Tartu_kinnistusamet, lk 8
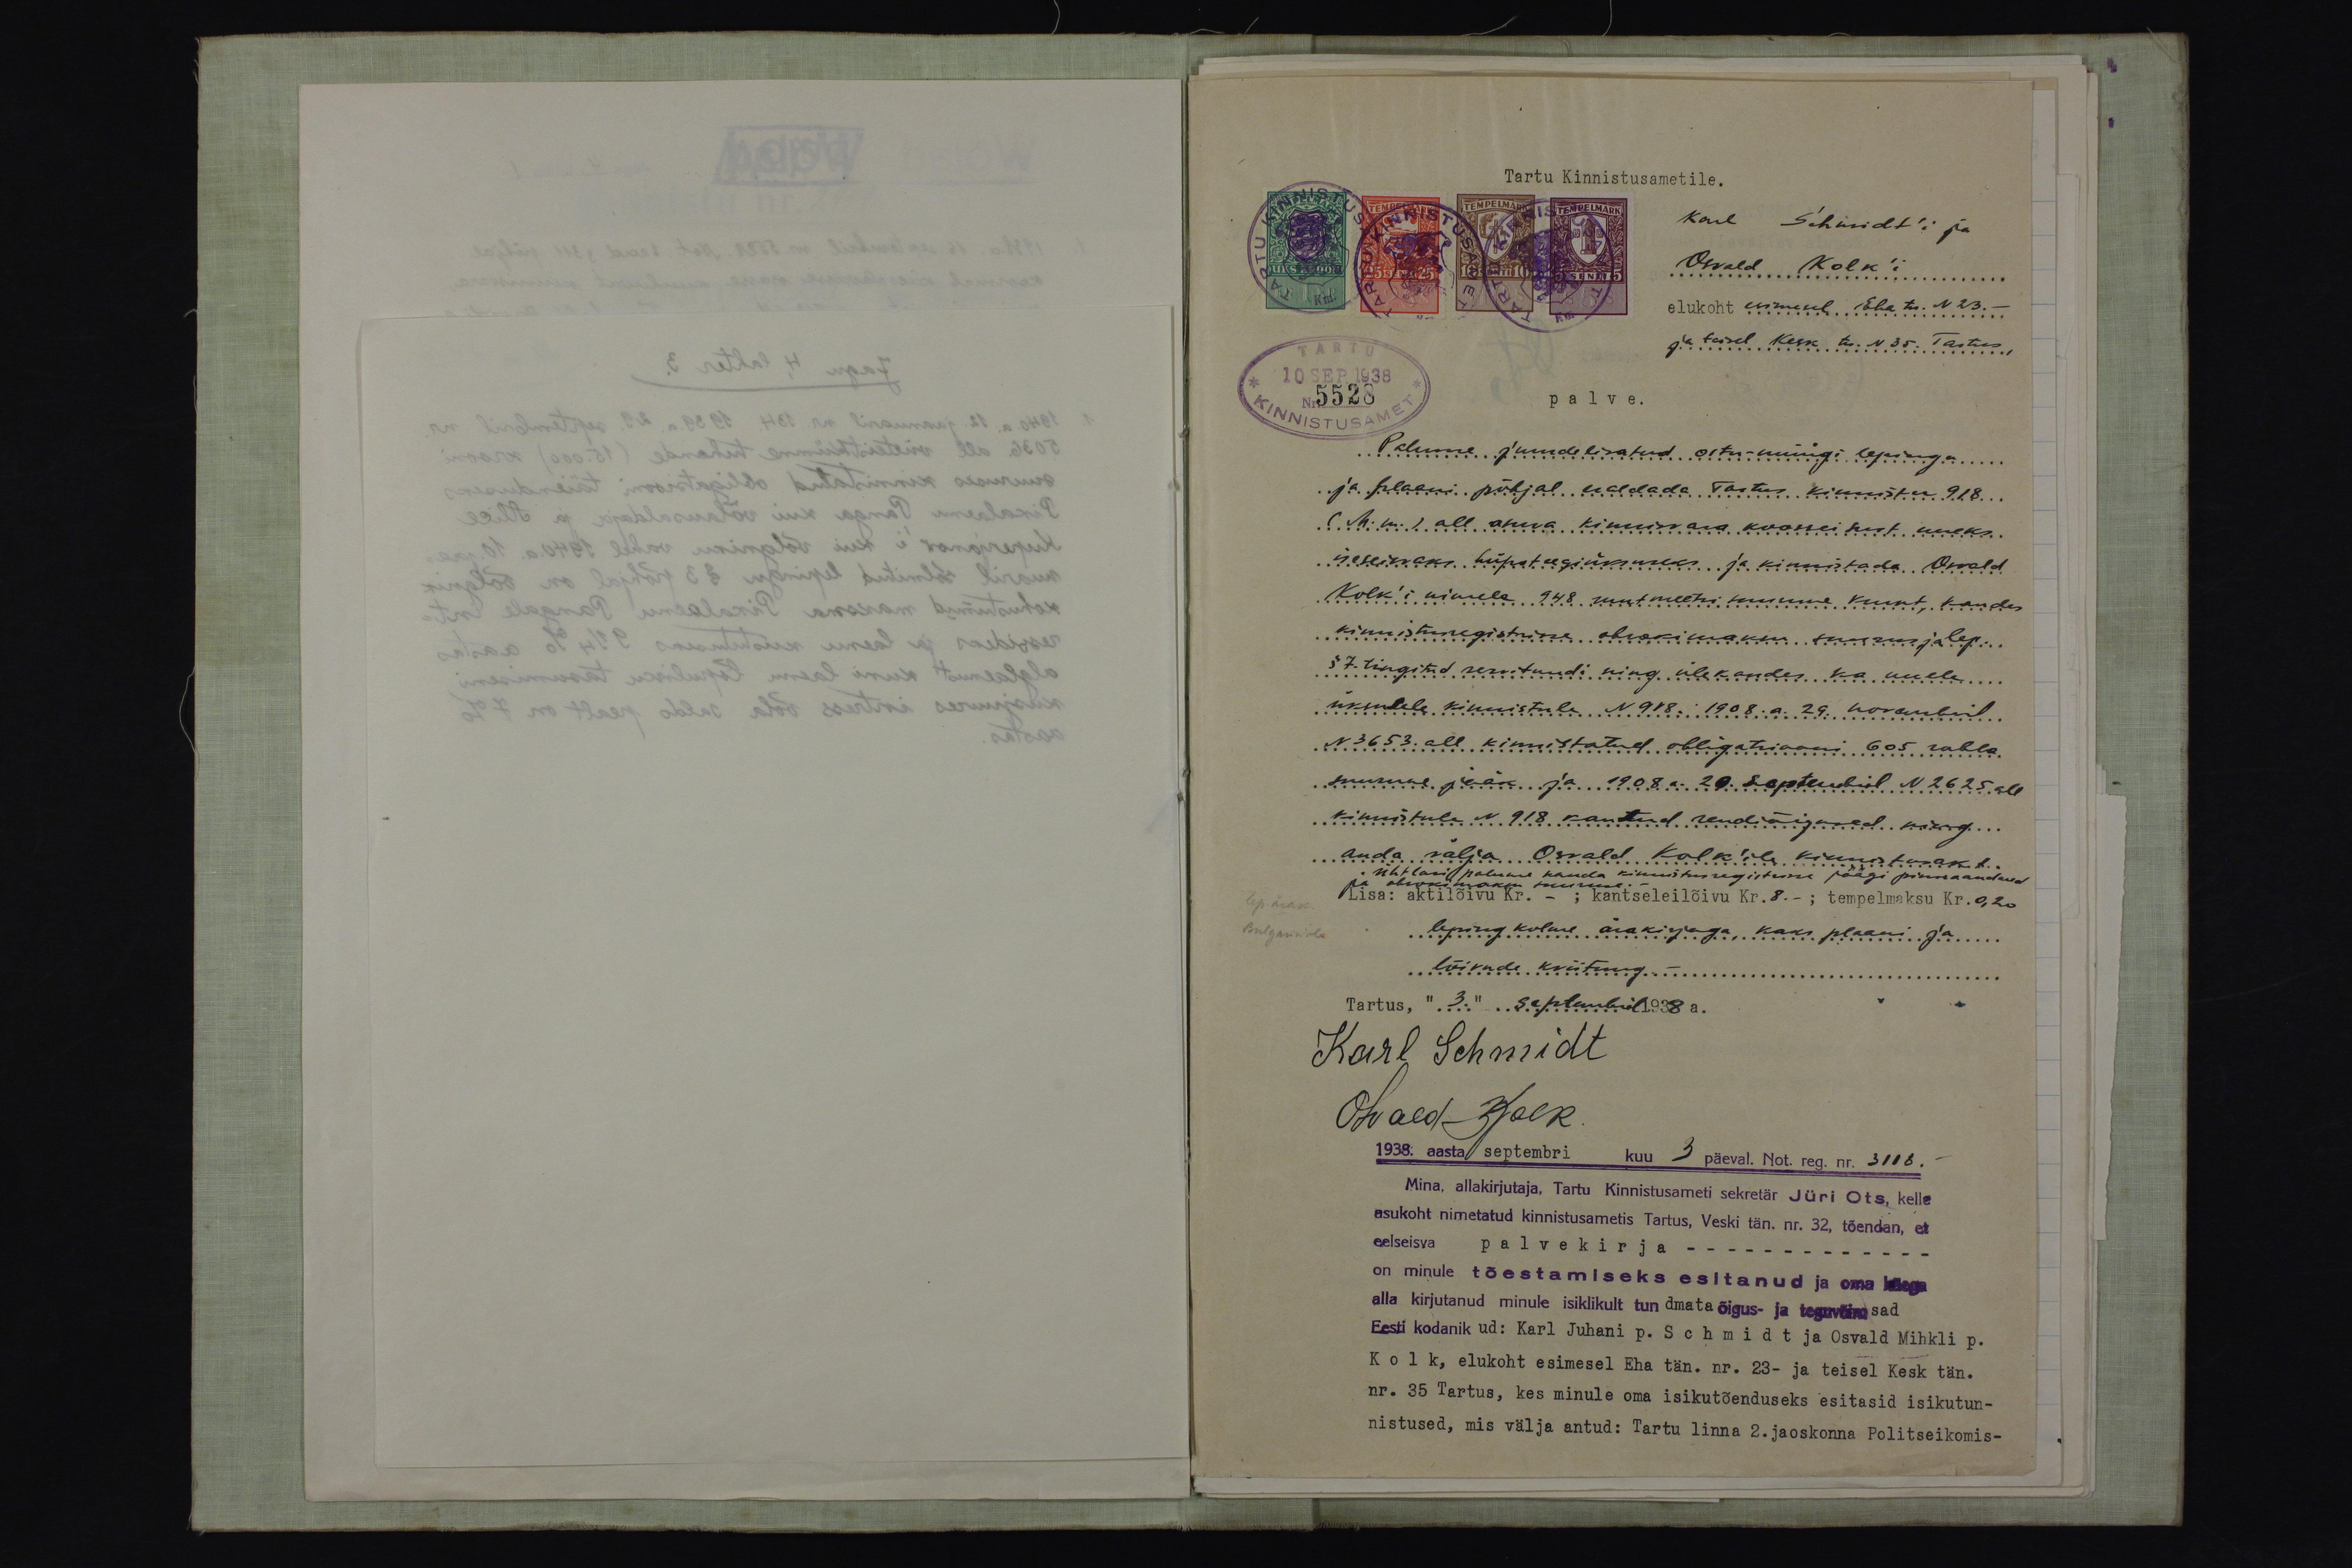
Tartu Kinnistusametile.
Karl Schmidt'i ja
Osvald Kolk'i
elukoht esimesel. Eha tn. N23.-
ja teisel Kesk tn. N 35. Tartus,
5523
palve.
Palume juurde lisatud ostu-müügi lepingu
ja plaani põhjal eraldada Tartus kinnistau 918
( M. nr. ) all asuva kinnisvara koosseisust uueks.
iseseisvaks. hüpoteegiüksuseks ja kinnistada. Oswald
Kolk'i nimele 948 uutmeetri suurune krunt, kanda
kinnisturegistrisse ohrakimaksu suurus ja lep.
§ 7. tingitud servituudi ning ülekandes ka uuele
üksusele kinnistule. N 918. 1908. a. 29. novembril.
N 3653. all kinnistatud obligatsiooni 605 rubla
suurune jääk ja 1908 a. 20. Septembril N 2625 all
kinnistule N 918 kantud rendiõigused ning
anda välja Oswald Kolk'ile kinnitusakt
ühtlasi palume kanda kinnisturegistrisse jäägi pinnaandmed
ja obrokimaksu suuruse
Lisa: aktilõivu kr.- kantseleilõivu kr. 8.-; tempelmaksu Kr. 0,20
leping kolme ärakirjaga, kaks plaani ja...
lõivude kviitung.-
Tartus," 3." Septembril 1938 a.
Karl Schmidt
Oswald Kolk.
1938. aasta septembri kuu 3 päeval. Not. reg. nr. 3118.-
Mina, allakirjutaja, Tartu Kinnistusameti sekretär Jüri Ots, kelle
asukoht nimetatud kinnistusametis Tartus, Veski tän. nr. 32, tõendan, et
eelseisva palvekirja -
on minule tõestamiseks esitanud ja oma käega
alla kirjutanud minule isiklikult tundmata õigus- ja teguvõimsad
Eesti kodanik ud: Karl Juhani p. Schmidt ja Osvald Mihkli p.
Kolk, elukoht esimesel Eha tän. nr. 23- ja teisel Kesk tän.
nr. 35 Tartus, kes minule oma isikutõenduseks esitasid isikutun-
nistused, mis välja antud: Tartu linna 2.jaoskonna Politseikomis-